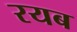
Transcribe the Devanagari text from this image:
रयब